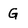
Character: G